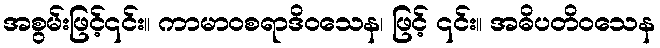
အစွမ်းဖြင့်၎င်း။ ကာမာဝစရာဒိဝသေန၊ ဖြင့် ၎င်း။ အဓိပတိဝသေန